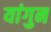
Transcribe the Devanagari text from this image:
यांगुन